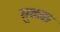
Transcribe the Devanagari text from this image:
मुळक